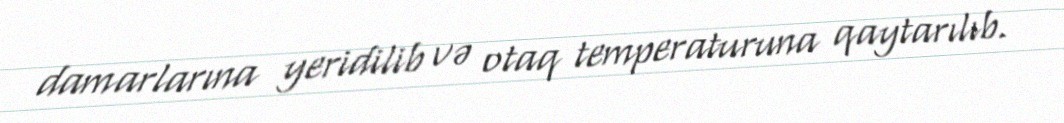
damarlarına yeridilib və otaq temperaturuna qaytarılıb.